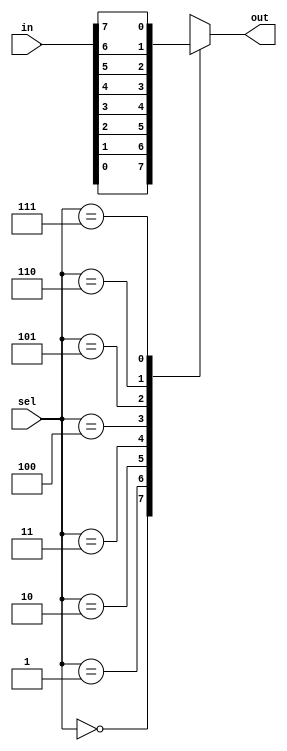
module mux_8to1 (
    input [7:0] in,
    input [2:0] sel,
    output reg out
);

always @(*) begin
    case(sel)
        3'b000: out = in[0];
        3'b001: out = in[1];
        3'b010: out = in[2];
        3'b011: out = in[3];
        3'b100: out = in[4];
        3'b101: out = in[5];
        3'b110: out = in[6];
        3'b111: out = in[7];
    endcase
end

endmodule